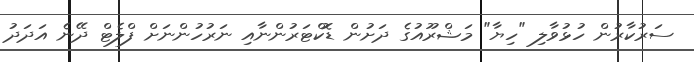
ސަރުކާރުން ހުޅުވާލި "ހިޔާ" މަޝްރޫއުގެ ދަށުން ޑޮކްޓަރުންނާއި ނަރުހުންނަށް ފްލެޓް ދޭނެ އަދަދު